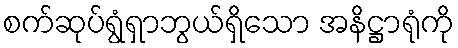
စက်ဆုပ်ရွံရှာဘွယ်ရှိသော အနိဋ္ဌာရုံကို